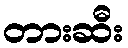
တားဆီး